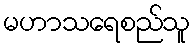
မဟာသရေစည်သူ